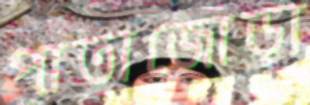
পাতাজোড়া